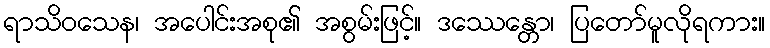
ရာသိဝသေန၊ အပေါင်းအစု၏ အစွမ်းဖြင့်။ ဒဿေန္တော၊ ပြတော်မူလိုရကား။